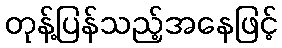
တုန့်ပြန်သည့်အနေဖြင့်